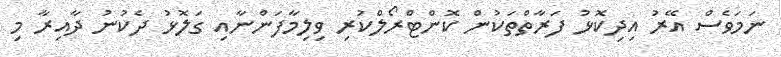
ނަމަވެސް އޭރު އިދިކޮޅު ފަރާތްތަކުން ކޮންޓްރޯލްކުރި ވިލިމާފަންނާއި ގަލޮޅު ދެކުނު ދާއިރާ މި